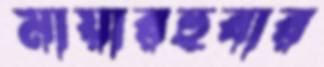
মায়ারহুবার